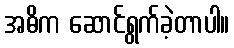
အဓိက ဆောင်ရွက်ခဲ့တာပါ။